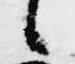
候